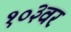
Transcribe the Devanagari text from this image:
१०३वर